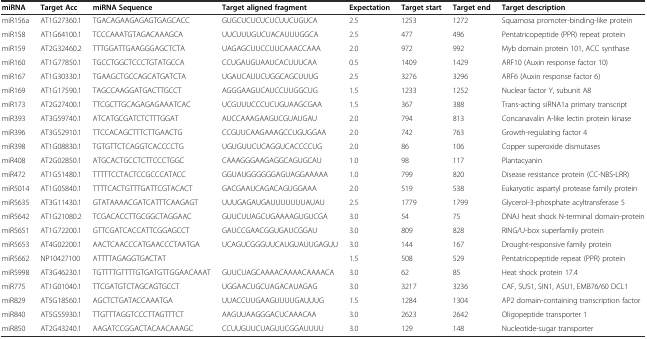
<table><thead><tr><td><b>miRNA</b></td><td><b>Target Acc</b></td><td><b>miRNA Sequence</b></td><td><b>Target aligned fragment</b></td><td><b>Expectation</b></td><td><b>Target start</b></td><td><b>Target end</b></td><td><b>Target description</b></td></tr></thead><tbody><tr><td>miR156a</td><td>AT1G27360.1</td><td>TGACAGAAGAGAGTGAGCACC</td><td>GUGCUCUCUCUCUUCUGUCA</td><td>2.5</td><td>1253</td><td>1272</td><td>Squamosa promoter-binding-like protein</td></tr><tr><td>miR158</td><td>AT1G64100.1</td><td>TCCCAAATGTAGACAAAGCA</td><td>UUCUUUGUCUACAUUUGGCA</td><td>2.5</td><td>477</td><td>496</td><td>Pentatricopeptide (PPR) repeat protein</td></tr><tr><td>miR159</td><td>AT2G32460.2</td><td>TTTGGATTGAAGGGAGCTCTA</td><td>UAGAGCUUCCUUCAAACCAAA</td><td>2.0</td><td>972</td><td>992</td><td>Myb domain protein 101, ACC synthase</td></tr><tr><td>miR160</td><td>AT1G77850.1</td><td>TGCCTGGCTCCCTGTATGCCA</td><td>CCUGAUGUAAUCACUUUCAA</td><td>0.5</td><td>1409</td><td>1429</td><td>ARF10 (Auxin response factor 10)</td></tr><tr><td>miR167</td><td>AT1G30330.1</td><td>TGAAGCTGCCAGCATGATCTA</td><td>UGAUCAUUCUGGCAGCUUUG</td><td>2.5</td><td>3276</td><td>3296</td><td>ARF6 (Auxin response factor 6)</td></tr><tr><td>miR169</td><td>AT1G17590.1</td><td>TAGCCAAGGATGACTTGCCT</td><td>AGGGAAGUCAUCCUUGGCUG</td><td>1.5</td><td>1233</td><td>1252</td><td>Nuclear factor Y, subunit A8</td></tr><tr><td>miR173</td><td>AT2G27400.1</td><td>TTCGCTTGCAGAGAGAAATCAC</td><td>UCGUUUCCCUCUGUAAGCGAA</td><td>1.5</td><td>367</td><td>388</td><td>Trans-acting siRNA1a primary transcript</td></tr><tr><td>miR393</td><td>AT3G59740.1</td><td>ATCATGCGATCTCTTTGGAT</td><td>AUCCAAAGAAGUCGUAUGAU</td><td>2.0</td><td>794</td><td>813</td><td>Concanavalin A-like lectin protein kinase</td></tr><tr><td>miR396</td><td>AT3G52910.1</td><td>TTCCACAGCTTTCTTGAACTG</td><td>CCGUUCAAGAAAGCCUGUGGAA</td><td>2.0</td><td>742</td><td>763</td><td>Growth-regulating factor 4</td></tr><tr><td>miR398</td><td>AT1G08830.1</td><td>TGTGTTCTCAGGTCACCCCTG</td><td>UGUGUUCUCAGGUCACCCCUG</td><td>2.0</td><td>86</td><td>106</td><td>Copper superoxide dismutases</td></tr><tr><td>miR408</td><td>AT2G02850.1</td><td>ATGCACTGCCTCTTCCCTGGC</td><td>CAAAGGGAAGAGGCAGUGCAU</td><td>1.0</td><td>98</td><td>117</td><td>Plantacyanin</td></tr><tr><td>miR472</td><td>AT1G51480.1</td><td>TTTTTCCTACTCCGCCCATACC</td><td>GGUAUGGGGGGAGUAGGAAAAA</td><td>1.0</td><td>799</td><td>820</td><td>Disease resistance protein (CC-NBS-LRR)</td></tr><tr><td>miR5014</td><td>AT1G05840.1</td><td>TTTTCACTGTTTGATTCGTACACT</td><td>GACGAAUCAGACAGUGGAAA</td><td>2.0</td><td>519</td><td>538</td><td>Eukaryotic aspartyl protease family protein</td></tr><tr><td>miR5635</td><td>AT3G11430.1</td><td>GTATAAAACGATCATTTCAAGAGT</td><td>UUUGAGAUGAUUUUUUUAUAU</td><td>2.5</td><td>1779</td><td>1799</td><td>Glycerol-3-phosphate acyltransferase 5</td></tr><tr><td>miR5642</td><td>AT1G21080.2</td><td>TCGACACCTTGCGGCTAGGAAC</td><td>GUUCUUAGCUGAAAAGUGUCGA</td><td>3.0</td><td>54</td><td>75</td><td>DNAJ heat shock N-terminal domain-protein</td></tr><tr><td>miR5651</td><td>AT1G72200.1</td><td>GTTCGATCACCATTCGGAGCCT</td><td>GAUCCGAACGGUGAUCGGAU</td><td>3.0</td><td>809</td><td>828</td><td>RING/U-box superfamily protein</td></tr><tr><td>miR5653</td><td>AT4G02200.1</td><td>AACTCAACCCATGAACCCTAATGA</td><td>UCAGUCGGGUUCAUGUAUUGAGUU</td><td>3.0</td><td>144</td><td>167</td><td>Drought-responsive family protein</td></tr><tr><td>miR5662</td><td>NP10427100</td><td>ATTTTAGAGGTGACTAT</td><td></td><td>1.5</td><td>508</td><td>529</td><td>Pentatricopeptide repeat (PPR) protein</td></tr><tr><td>miR5998</td><td>AT3G46230.1</td><td>TGTTTTGTTTTGTGATGTTGGAACAAAT</td><td>GUUCUAGCAAAACAAAACAAAACA</td><td>3.0</td><td>62</td><td>85</td><td>Heat shock protein 17.4</td></tr><tr><td>miR775</td><td>AT1G01040.1</td><td>TTCGATGTCTAGCAGTGCCT</td><td>UGGAACUGCUAGACAUAGAG</td><td>3.0</td><td>3217</td><td>3236</td><td>CAF, SUS1, SIN1, ASU1, EMB76/60 DCL1</td></tr><tr><td>miR829</td><td>AT5G18560.1</td><td>AGCTCTGATACCAAATGA</td><td>UUACCUUGAAGUUUUGAUUUG</td><td>1.5</td><td>1284</td><td>1304</td><td>AP2 domain-containing transcription factor</td></tr><tr><td>miR840</td><td>AT5G55930.1</td><td>TTGTTTAGGTCCCTTAGTTTCT</td><td>AAGUUAAGGGACUCAAACAA</td><td>3.0</td><td>2623</td><td>2642</td><td>Oligopeptide transporter 1</td></tr><tr><td>miR850</td><td>AT2G43240.1</td><td>AAGATCCGGACTACAACAAAGC</td><td>CCUUGUUCUAGUUCGGAUUUU</td><td>3.0</td><td>129</td><td>148</td><td>Nucleotide-sugar transporter</td></tr></tbody></table>